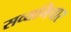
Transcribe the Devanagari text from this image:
सव्यभिचार